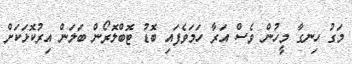
މަގު ހިނގާ މީހުން ވެސް އަރާ ހަމަވެފައި ބޮޑު ޓޮބްލޮރޯން ބަލަން އިރުކޮޅަކަށް